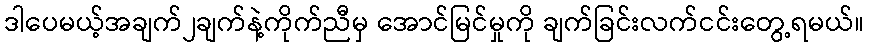
ဒါပေမယ့်အချက်၂ချက်နဲ့ကိုက်ညီမှ အောင်မြင်မှုကို ချက်ခြင်းလက်ငင်းတွေ့ရမယ်။